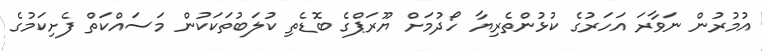
އުމުރުން ނަވާރަ އަހަރުގެ ކުޅުންތެރިޔާ ހޯދުމަށް ޔޫރަޕްގެ ބޮޑެތި ކުލަބުތަކަކުން މަސައްކަތް ފެށިކަމުގެ